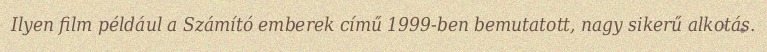
Ilyen film például a Számító emberek című 1999-ben bemutatott, nagy sikerű alkotás.